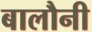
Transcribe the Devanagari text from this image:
बालौनी